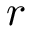
r